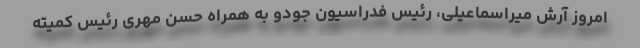
امروز آرش میراسماعیلی، رئیس فدراسیون جودو به همراه حسن مهری رئیس کمیته